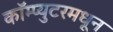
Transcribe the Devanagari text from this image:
कॉम्प्युटरमधून